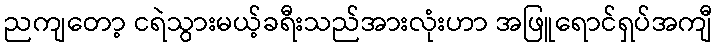
ညကျတော့ ငရဲသွားမယ့်ခရီးသည်အားလုံးဟာ အဖြူရောင်ရှပ်အကျီ